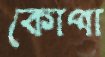
কোপা